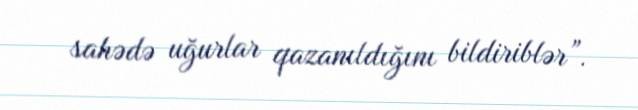
sahədə uğurlar qazanıldığını bildiriblər”.